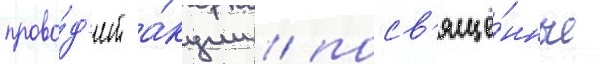
прово́д'ит а́кции / посв'ящё́нные